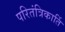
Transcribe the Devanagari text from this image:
परितंत्रिकार्ति